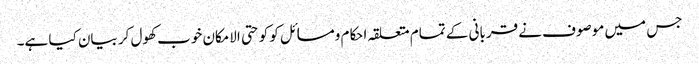
جس میں موصوف نے قربانی کے تمام متعلقہ احکام ومسائل کو کو حتی الامکان خوب کھول کر بیان کیا ہے۔